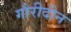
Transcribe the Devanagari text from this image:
गौरीदीन